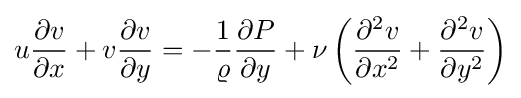
u{{\partial v} \over {\partial x}}+v{\frac {\partial v}{\partial y}}=-{{\frac {1}{\varrho }}{\frac {\partial P}{\partial y}}}+\nu \left({\frac {\partial ^{2}v}{\partial x^{2}}}+{\frac {\partial ^{2}v}{\partial y^{2}}}\right)